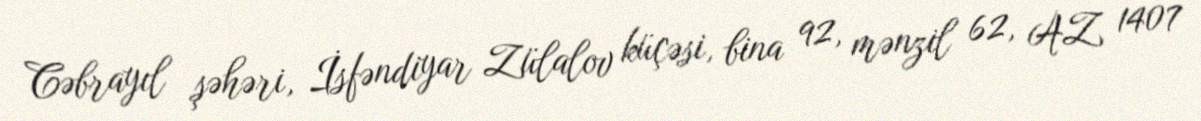
Cəbrayıl şəhəri, İsfəndiyar Zülalov küçəsi, bina 92, mənzil 62, AZ 1407